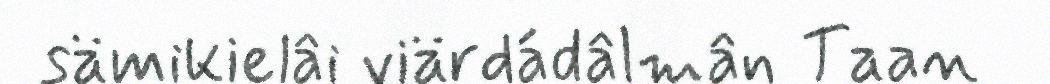
sämikielâi viärdádâlmân Taan